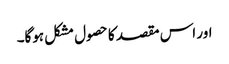
اور اس مقصد کا حصول مشکل ہوگا۔